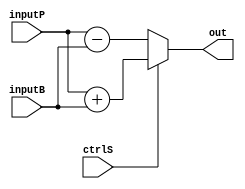
module AddSub (inputP, inputB, ctrlS, out);
input [8:0] inputB, inputP;
input ctrlS;

output [8:0] out;
assign out = (ctrlS == 1'b1) ? inputP + inputB : inputP - inputB;

endmodule